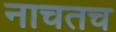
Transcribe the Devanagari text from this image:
नाचतच